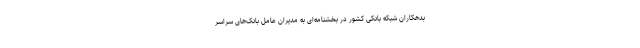
بدهکاران شبکه بانکی کشور در بخشنامه‌ای به مدیران عامل بانک‌های سراسر